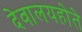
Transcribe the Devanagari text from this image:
देवालयहोते